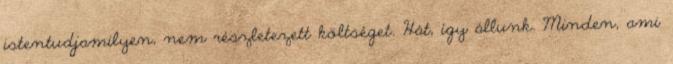
istentudjamilyen, nem részletezett költséget. Hát, így állunk. Minden, ami